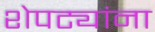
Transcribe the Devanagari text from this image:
शेपट्यांना